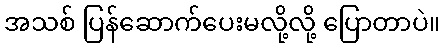
အသစ် ပြန်ဆောက်ပေးမလို့လို့ ပြောတာပဲ။